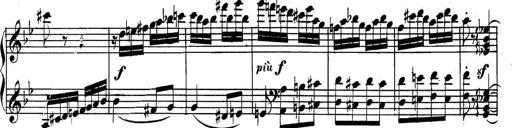
Title: Collected Piano Sonatas
Composer: Muzio Clementi